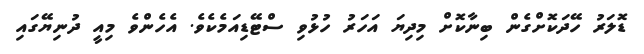
ޑޮލަރު ހޭދަކޮށްގެން ބިނާކޮށް މިދިޔަ އަހަރު ހުޅުވި ސްޓޭޑިއަމެކެވެ. އެހެންވެ މިއީ ދުނިޔޭގައި